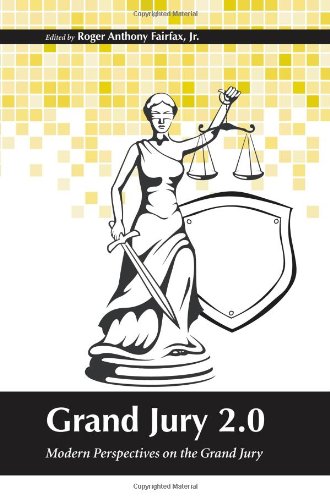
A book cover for Grand Jury 2.0: Modern Perspectives on the Grand Jury; Roger A. Fairfax; Law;